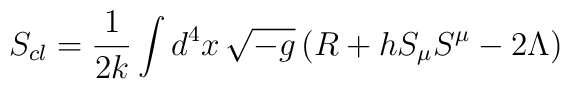
S_{cl} = \frac{1}{2k}  \int d^4x \, \sqrt{-g} \left( R +hS_\mu S^\mu -2\Lambda  \right)